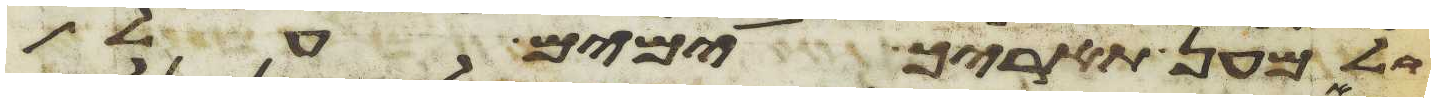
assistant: ולמען תאריך ימים על